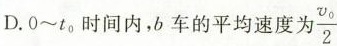
D.0~t_{0}，时间内，b车的平均速度为 \frac{v_{0}}{2}